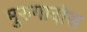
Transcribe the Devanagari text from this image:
मुरुगादोस